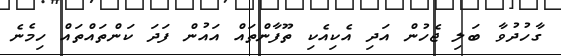
ގާހުދުވާ ބަލި ޖެހުން އަދި އެކިއެކި ތޫފާންތައް އައުން ފަދަ ކަންތައްތައް ހިމެނެ